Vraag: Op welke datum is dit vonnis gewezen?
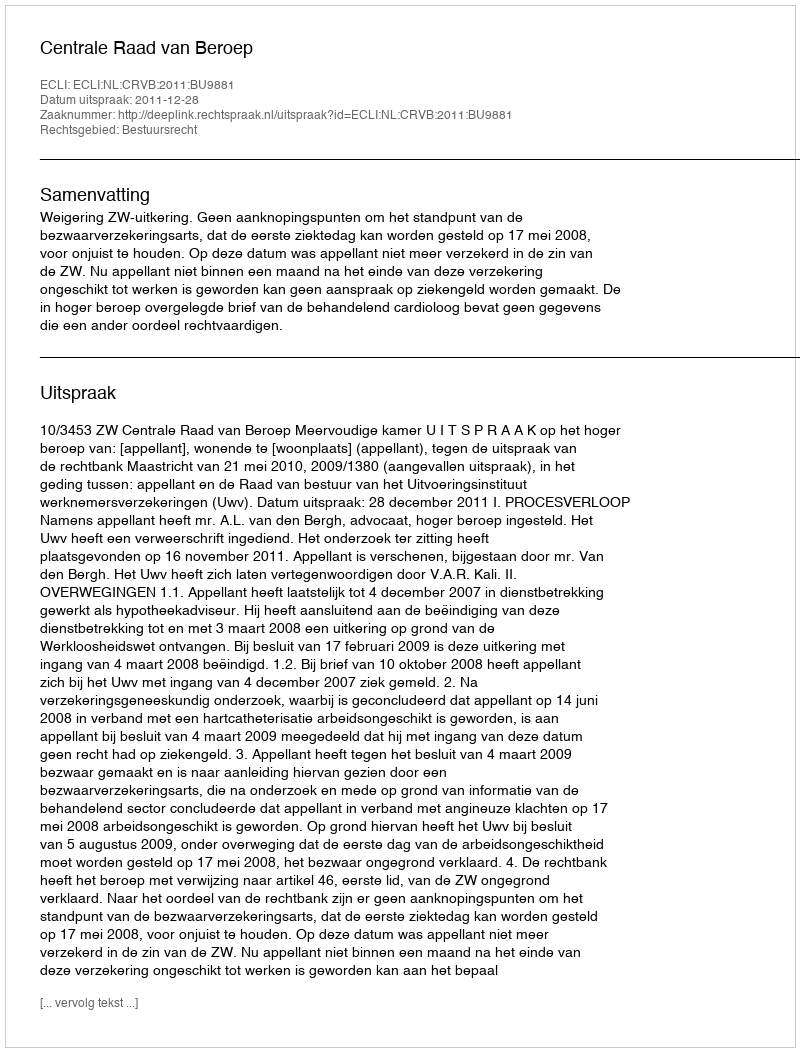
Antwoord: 2011-12-28